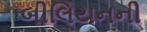
બીલિયનની